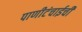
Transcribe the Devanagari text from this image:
पाणीटंचाईची